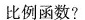
比例函数?